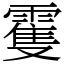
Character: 䨥